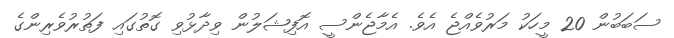
ސަބަބުން 20 މީހަކު މަރުވެއްޖެ އެވެ. އެމާޖެންސީ އޮފިޝަލުން ވިދާޅުވި ގޮތުގައި ފަތުރުވެރިންގެ